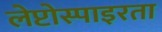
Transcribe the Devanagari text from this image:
लेप्टोस्पाइरता